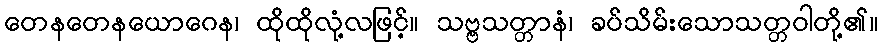
တေနတေနယောဂေန၊ ထိုထိုလုံ့လဖြင့်။ သဗ္ဗသတ္တာနံ၊ ခပ်သိမ်းသောသတ္တဝါတို့၏။